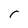
Character: 5